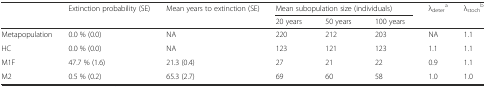
<table><thead><tr><td></td><td><b>Extinction probability (SE)</b></td><td><b>Mean years to extinction (SE)</b></td><td colspan="3"><b>Mean subopulation size (individuals)</b></td><td><b>λ<sub>deter</sub><sup>a</sup></b></td><td><b>λ<sub>stoch</sub><sup>b</sup></b></td></tr><tr><td></td><td></td><td></td><td><b>20 years</b></td><td><b>50 years</b></td><td><b>100 years</b></td><td></td><td></td></tr></thead><tbody><tr><td>Metapopulation</td><td>0.0 % (0.0)</td><td>NA</td><td>220</td><td>212</td><td>203</td><td>NA</td><td>1.1</td></tr><tr><td>HC</td><td>0.0 % (0.0)</td><td>NA</td><td>123</td><td>121</td><td>123</td><td>1.1</td><td>1.1</td></tr><tr><td>M1F</td><td>47.7 % (1.6)</td><td>21.3 (0.4)</td><td>27</td><td>21</td><td>22</td><td>0.9</td><td>1.1</td></tr><tr><td>M2</td><td>0.5 % (0.2)</td><td>65.3 (2.7)</td><td>69</td><td>60</td><td>58</td><td>1.0</td><td>1.0</td></tr></tbody></table>